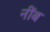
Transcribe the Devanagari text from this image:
नींब